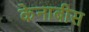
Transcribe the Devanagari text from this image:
केनाबीस